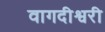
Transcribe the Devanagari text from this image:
वागदीश्वरी